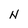
Character: N